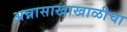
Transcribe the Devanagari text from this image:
अन्नासाखाखाळीचा